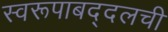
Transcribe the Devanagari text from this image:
स्वरूपाबद्दलची